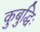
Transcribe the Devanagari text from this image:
कुबुद्धिः